Report on vaccination in Madras 1922-1929 - 1922-1929
Year: 1922
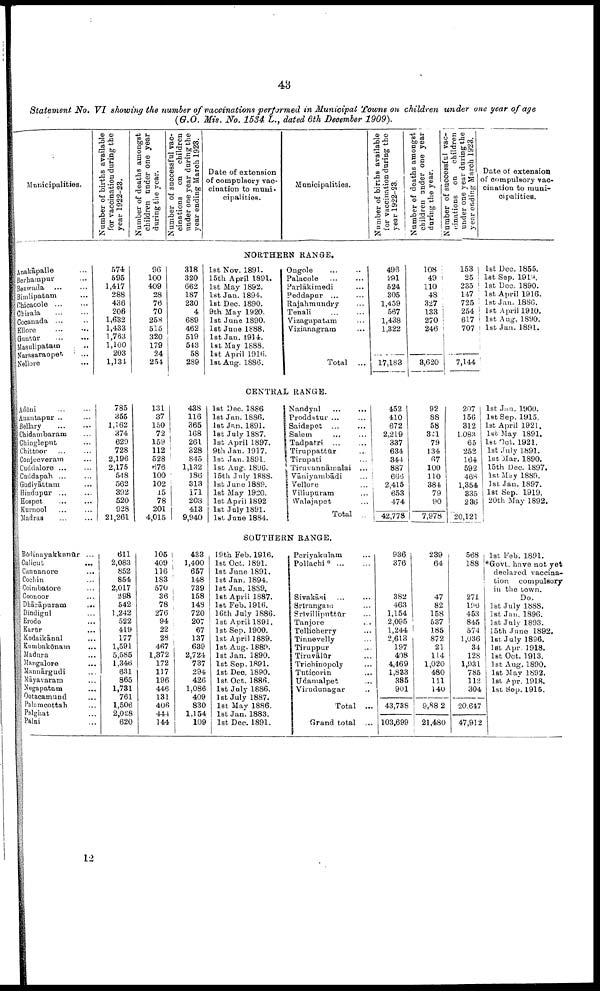
43
Statement No. VI showing the number of vaccinations performed in Municipal Towns on children under one year of age
(G.O. Mis. No. 1534: L., dated 6th December 1909).
Municipalities.
Number of births available
for vaccination during the
year 1922-23.
Number of deaths amongst
children under one year
during the year.
Number of successful vac¬
cinations on children
under one year during the
year ending March 1923.
Date of extension
of compulsory vac
cination to muni¬
cipalities.
Municipalities.
Number of births available
for vaccination during the
year 1922-23.
Number of deaths amongst
children under one year
during the year.
Number of successful vac
cinations on children
under one year during the
year ending March 1923.
Date of extension
of compulsory vac
cination to muni
cipalities.
NORTHERN RANGE.
Anakāpalle ...
Berhampur ...
Bezwada ... ...
Bimlipatam ...
Chicacole ... ...
Chirala
...
...
Cocanada ... ...
Ellore ... ...
Guntūr
...
...
Masulipatam ... ...
Narasaraopet
...
Nellore ...
574
595
1,417
288
436
206
1,632
1,433
1,763
1,100
203
1,134
96
100
409
28
76
70
258
515
320
179
24
254
318
320
662
187
230
4
689
462
519
543
58
289
1st Nov. 1891.
15th April 1891.
1st May 1892.
1st Jan. 1894.
1st Dec. 1890.
9th May 1920.
1st June 1890.
1st June 1888.
1st Jan. 1914.
1st May 1888.
1st April 1916.
1st Aug. 1886.
Ongole ... ...
Palacole ... ...
Parlākimedi
...
Peddapur ...
...
Rajahmundry ...
Tenali ... ...
Vizagapatam ...
Vizianagram ...
Total ...
496
291
524
305
1,459
567
1,438
1,322
17,183
108
49
110
48
327
133
270
246
3,620
153
25
235
147
725
254
617
707
7,144
1st Dec. 1855.
1st Sep. 1919.
1st Dec. 1890.
1st April 1916.
1st Jan. 1886.
1st April 1910.
1st Aug. 1890.
1st Jan. 1891.
CENTRAL RANGE.
Adōni
...
...
Anantapur ... ...
Bellary ... ...
Chidambaram ...
Chingleput ...
Chittoor ... ...
Conjeeveram ...
Cuddalore ...
Cuddapah ... ...
Gudiyāttam ...
Hindupur ...
Hospet
...
...
Kurnool ... ...
Madras ... ...
785
355
1,162
374
629
728
2,196
2,175
548
562
392
520
928
21,261
131
37
150
72
159
112
528
676
100
102
15
78
201
4,015
438
116
365
168
261
328
845
1,132
186
313
171
203
413
9,940
1st Dec. 1886
1st Jan. 1886.
1st Jan. 1891.
1st July 1887.
1st April 1897.
9th Jan. 1917.
1st Jan. 1891.
1st Aug. 1896.
15th July 1888.
1st June 1889.
1st May 1920.
1st April 1892
1st July 1891.
1st June 1884.
Nandyal
...
...
Proddatur ... ...
Saidepet
...
...
Salem ... ...
Tadpatri
...
...
Tiruppattūr ...
Tirupati ...
Tiruvannāmalai ...
Vāniyambādi ...
Vellore ...
Villupuram ...
Walajapet ...
Total ...
452
410
672
2,219
337
634
344
887
666
2,415
653
474
42,778
92
88
58
321
79
134
67
100
110
384
79
90
7,978
207
156
312
1,083
65
252
164
592
468
1,354
335
236
20,121
1st Jan. 1900.
1st Sep. 1915.
1st April 1921.
1st May 1891.
1st Oct. 1921.
1st July 1891.
1st Mar. 1890.
15th Dec. 1897.
1st May 1889.
1st Jan. 1897.
1st Sep. 1919.
20th May 1892.
SOUTHERN RANGE.
Bōdinayakkanūr ...
Calicut
...
Cannanore ...
Cochin ...
Coimbatore ...
Coonoor ...
Dhārāpuram
...
Dindigul ...
Erode ...
Karūr ...
Kodaikānal ...
Kumbakōnam ...
Madura ...
Mangalore
Mannārgudi ...
Māyavaram ...
Negapatam ...
Ootacamund ...
Palamcottah ...
Palghat ...
Palni ...
611
2,083
852
854
2,017
298
542
1,242
522
419
177
1,591
5,585
1,346
631
865
1,731
761
1,506
2,028
620
105
409
116
183
570
36
78
276
94
22
28
467
1,372
172
117
196
446
131
406
444
144
433
1,400
657
148
739
158
148
720
207
67
137
639
2,724
737
294
426
1,086
409
830
1,154
109
19th Feb. 1916.
1st Oct. 1891.
1st June 1891.
1st Jan. 1894.
1st Jan. 1889.
1st April 1887.
1st Feb. 1916.
16th July 1886.
1st April 1891.
1st Sep. 1900.
1st April 1889.
1st Aug. 1889.
1st Jan. 1890.
1st Sep. 1891.
1st Dec. 1890.
1st Oct. 1886.
1st July 1886.
1st July 1887.
1st May 1886.
1st Jan. 1883.
1st Dec. 1891.
Periyakulam
Pollachi*
...
...
Sivakāsi ... ...
Srīrangam ...
Srīvillipnttūr ...
Tanjore ...
Tellicherry ...
Tinnevelly ...
Tiruppur ...
Tiruvālūr ...
Trichinopoly ...
Tuticorin ...
Udamalpet ...
Virudunagar ...
Total ...
Grand total ...
936
376
382
463
1,154
2,095
1,244
2,613
197
408
4,469
1,833
385
901
43,738
103,699
239
64
47
82
158
537
185
872
21
114
1,020
480
111
140
9,882
21,480
568
188
271
196
453
845
574
1,036
34
128
1,931
785
112
304
20,647
47,912
1st Feb. 1891.
*Govt. have not yet
declared vaccina
tion compulsory
in the town.
Do.
1st July 1888.
1st Jan. 1896.
1st July 1893.
15th June 1892.
1st July 1896.
1st Apr. 1918.
1st Oct. 1913.
1st Aug. 1890.
1st May 1892.
1st Apr. 1918.
1st Sep. 1915.
12